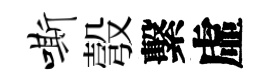
嘶彀繫虛